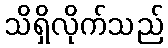
သိရှိလိုက်သည်